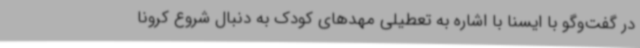
در گفت‌وگو با ایسنا با اشاره به تعطیلی مهدهای کودک به دنبال شروع کرونا